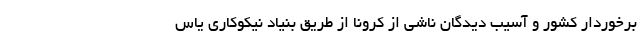
برخوردار کشور و آسیب دیدگان ناشی از کرونا از طریق بنیاد نیکوکاری یاس